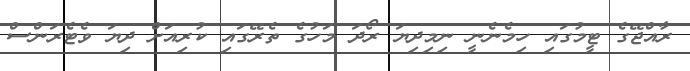
ރާއްޖޭގެ ޓީމުގައި ހިމެނެނީ ނިމިދިޔަ ރޯދަ މަހުގެ ތެރޭގައި ކުރިއަށް ދިޔަ ވެޓެރަންސް